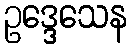
ဥဒ္ဒေသေန